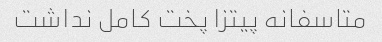
متاسفانه پیتزا پخت کامل نداشت